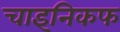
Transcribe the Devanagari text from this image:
चाइनिकफ